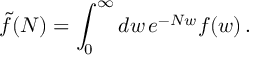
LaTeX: { \tilde { f } } ( N ) = \int _ { 0 } ^ { \infty } d w \, e ^ { - N w } f ( w ) \, .